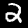
Label: 2